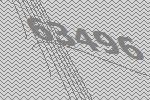
63496